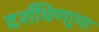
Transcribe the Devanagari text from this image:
दर्शविणार्‍या